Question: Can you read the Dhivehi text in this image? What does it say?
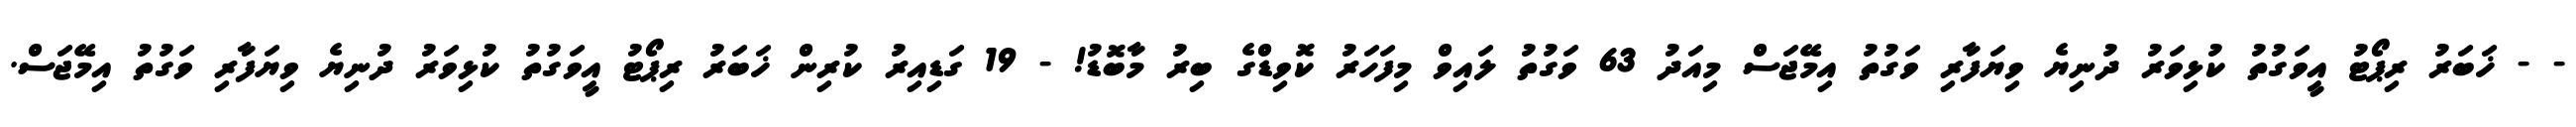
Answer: - - ޚަބަރު ރިޕޯޓު އީވަގުތު ކުޅިވަރު ދުނިޔެ ވިޔަފާރި ވަގުތު އިމޭޖަސް މިއަދު 63 ވަގުތު ލައިވް މިފަހަރު ކޮވިޑްގެ ބިރު މާބޮޑު! - 19 ގަޑިއިރު ކުރިން ޚަބަރު ރިޕޯޓު އީވަގުތު ކުޅިވަރު ދުނިޔެ ވިޔަފާރި ވަގުތު އިމޭޖަސް.